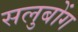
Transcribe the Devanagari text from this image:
सलुबोंग